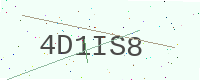
Text: 4D1IS8